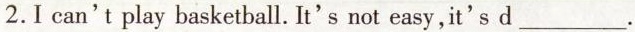
2.I can't play basketball.It's not easy, it's d___.